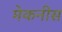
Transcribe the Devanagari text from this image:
मेकनीस